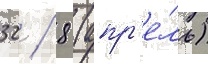
32 / 8 (апр'е́ль)